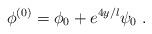
LaTeX: \begin{align*}\phi^{(0)} = \phi_0 + e^{4 y/l} \psi_0 \ . \end{align*}